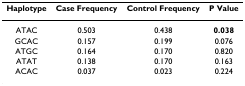
<table><thead><tr><td><b>Haplotype</b></td><td><b>Case Frequency</b></td><td><b>Control Frequency</b></td><td><b>P Value</b></td></tr></thead><tbody><tr><td>ATAC</td><td>0.503</td><td>0.438</td><td><b>0.038</b></td></tr><tr><td>GCAC</td><td>0.157</td><td>0.199</td><td>0.076</td></tr><tr><td>ATGC</td><td>0.164</td><td>0.170</td><td>0.820</td></tr><tr><td>ATAT</td><td>0.138</td><td>0.170</td><td>0.163</td></tr><tr><td>ACAC</td><td>0.037</td><td>0.023</td><td>0.224</td></tr></tbody></table>